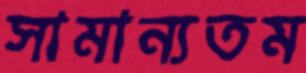
সামান্যতম